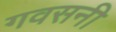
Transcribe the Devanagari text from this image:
गवसनी